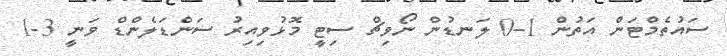
ސައުތެމްޓަން އަތުން 1-0 ލަނޑުން ނޯވިޗް ސިޓީ މޮޅުވިއިރު ސަންޑަލެންޑް ވަނީ 3-1